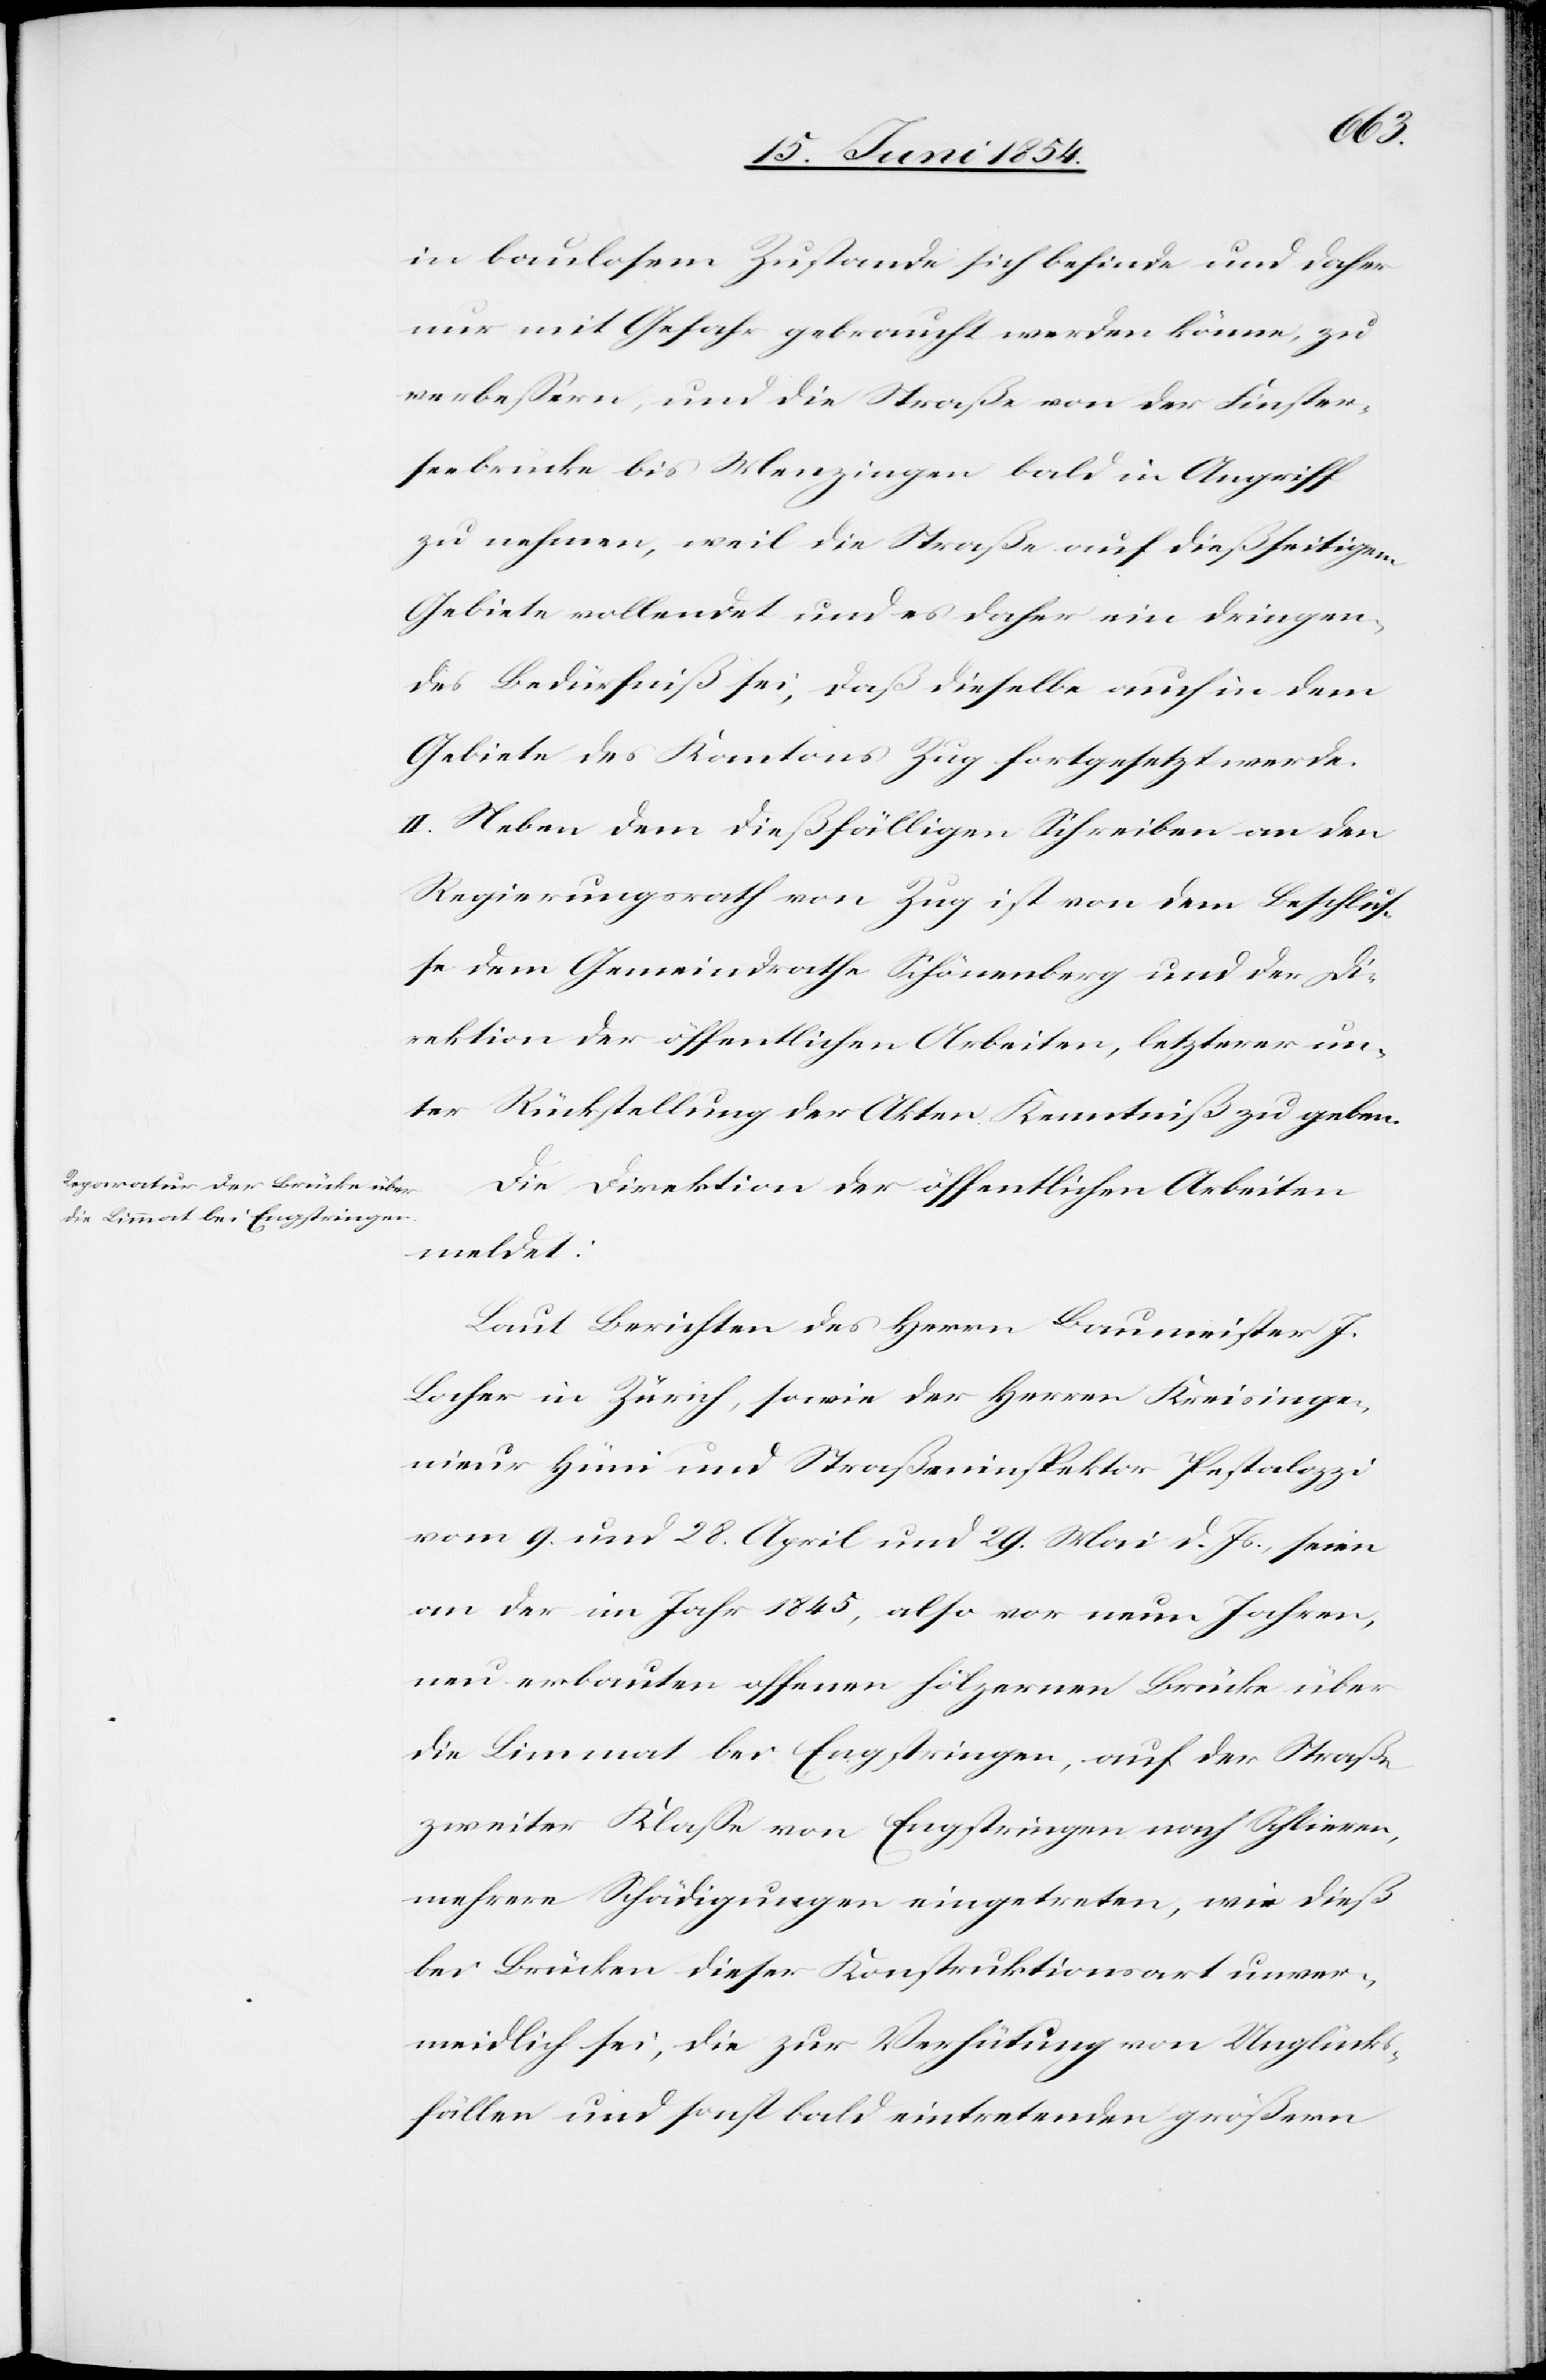
in baulosem Zustande sich befinde und daher
nur mit Gefahr gebraucht werden könne, zu
verbeßern, und die Straße von der Finster¬
seebrücke bis Menzingen bald in Angriff
zu nehmen, weil die Straße auf dießseitigem
Gebiete vollendet und es daher ein dringen¬
des Bedürfniß sei, daß dieselbe auch in dem
Gebiete des Kantons Zug fortgesetzt werde.
II. Neben dem dießfälligen Schreiben an den
Regierungsrath von Zug ist von dem Beschluß¬
e dem Gemeindrathe Schönenberg und der Di¬
rektion der öffentlichen Arbeiten, letzterer un¬
ter Rückstellung der Akten Kenntniß zu geben.
Die Direktion der öffentlichen Arbeiten
meldet:
Laut Berichten des Herrn Baumeister J.
Locher in Zürich, sowie der Herren Kreisinge¬
nieur Hüni und Straßeninspektor Pestalozzi
vom 9. und 28. April und 29. Mai d. Js., seien
an der im Jahr 1845, also vor neun Jahren,
neu erbauten offenen hölzernen Brücke über
die Limmat bei Engstringen, auf der Straße
zweiter Klaße von Engstringen nach Schlieren,
mehrere Schädigungen eingetreten, wie dieß
bei Brücken dieser Konstruktionsart unver¬
meidlich sei, die zur Verhütung von Unglücks¬
fällen und sonst bald eintretenden größern